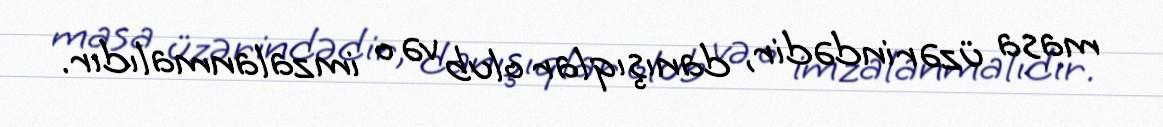
masa üzərindədir, danışıqlar olub və o imzalanmalıdır.